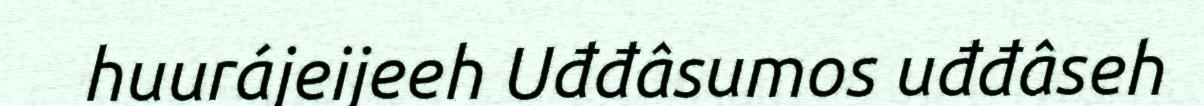
huurájeijeeh Uđđâsumos uđđâseh